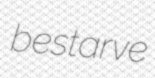
bestarve